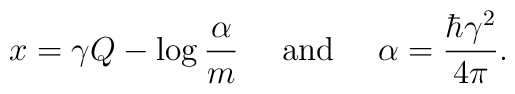
x=\gamma Q-\log\frac{\alpha}{m}~~~~\mbox{and}~~~~ \alpha =\frac{\hbar\gamma^2}{4\pi}.